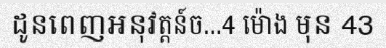
ដូនពេញអនុវត្តន៍ច...4 ម៉ោង មុន 43